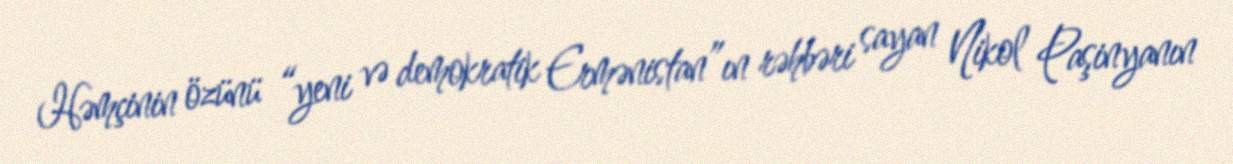
Həmçinin özünü “yeni və demokratik Ermənistan”ın rəhbəri sayan Nikol Paşinyanın